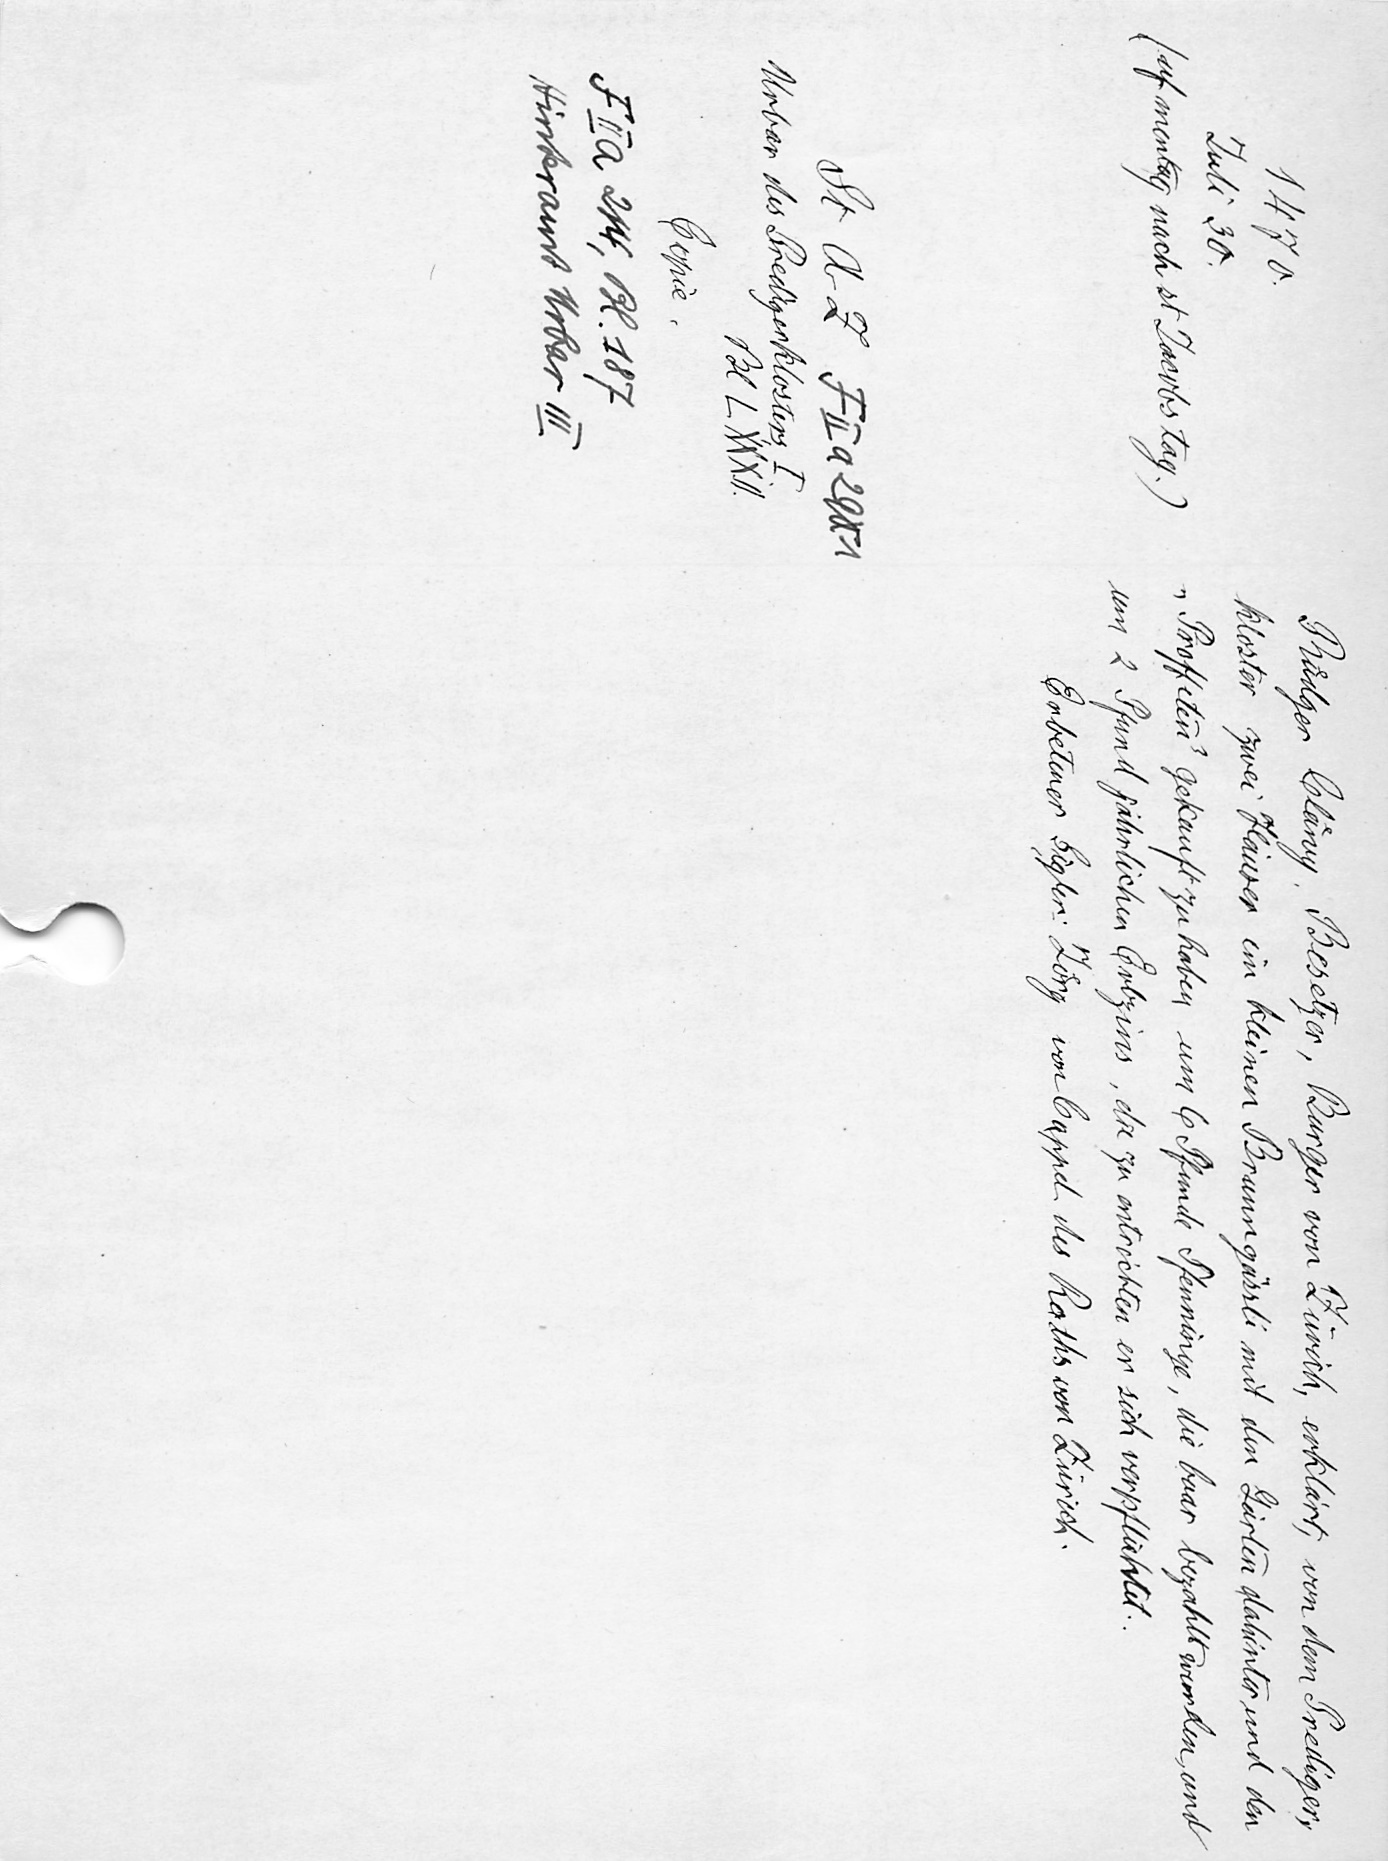
Ruͤdger Claͤwy, Besetzer, Burger von Zürich, erklärt, von dem Prediger¬
kloster zwei Häuser im kleinen Brunngässli mit den Gärten dahinter und den
 "Proffeten" gekauft zu haben um 6 Pfunde Pfenninge, die baar bezahlt wurden, und
um 2 Pfund jährlichen Erbzins, die zu entrichten er sich verpflichtet.
Erbetener Sigler: Joͤrg von Cappel des Raths von Zürich.

1470.
Juli 30.
(auf mentag nach st Jacobs tag.)
St. A. Z. F II a 2901
Urbar des Predigerklosters, I.
Bl. L XXXII
Copie.
F II a 214, Bl. 187
Hinteramt Urbar III